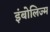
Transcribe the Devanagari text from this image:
इंबोलिज्म